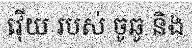
វ៉ើយ របស់ ចូឆូ និង